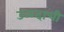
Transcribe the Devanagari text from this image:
उळदाची